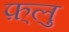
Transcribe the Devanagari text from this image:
फ़्लु